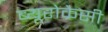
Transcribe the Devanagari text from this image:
ब्यूरोक्रैसी